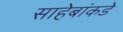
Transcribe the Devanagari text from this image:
साहेबांकडे